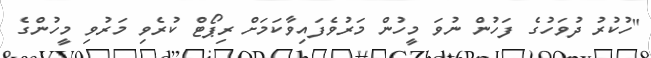
"ހުކުރު ދުވަހުގެ ފަހުން ނުވަ މީހުން މަރުވެފައިވާކަމަށް ރިޕޯޓް ކުރެވި މަރުވި މީހުންގެ